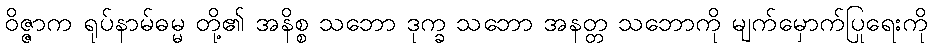
ဝိဇ္ဇာက ရုပ်နာမ်ဓမ္မ တို့၏ အနိစ္စ သဘော ဒုက္ခ သဘော အနတ္တ သဘောကို မျက်မှောက်ပြုရေးကို